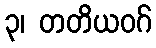
၃၊ တတိယဝဂ်